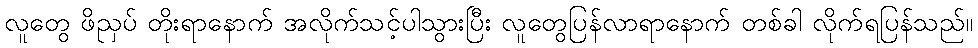
လူတွေ ဖိညှပ် တိုးရာနောက် အလိုက်သင့်ပါသွားပြီး လူတွေပြန်လာရာနောက် တစ်ခါ လိုက်ရပြန်သည်။